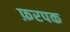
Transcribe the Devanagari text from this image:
फ़रपक